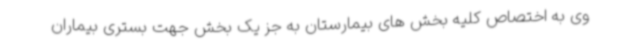
وی به اختصاص کلیه بخش های بیمارستان به جز یک بخش جهت بستری بیماران